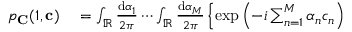
\begin{array} { r l } { p _ { \mathbf { C } } ( 1 , \mathbf { c } ) } & { { } = \int _ { \mathbb { R } } \frac { \mathrm { d } \alpha _ { 1 } } { 2 \pi } \cdots \int _ { \mathbb { R } } \frac { \mathrm { d } \alpha _ { M } } { 2 \pi } \left\{ \exp \left( - i \sum _ { n = 1 } ^ { M } \alpha _ { n } c _ { n } \right) \right. } \end{array}